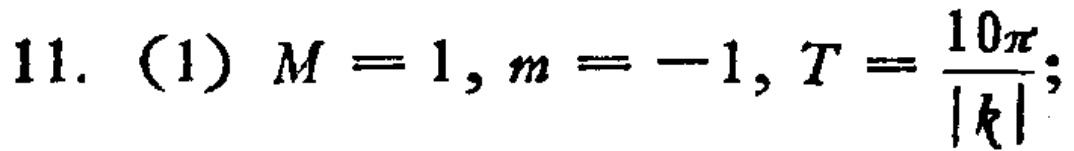
11.（1）\(M = 1, m = -1, T = \frac{10\pi}{|k|}\);